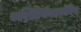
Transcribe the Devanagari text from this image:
काक्सिडियोमाइकोसिस